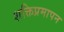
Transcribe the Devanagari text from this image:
शक्तिप्रमापन